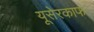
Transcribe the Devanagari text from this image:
यूसेरकाफ